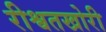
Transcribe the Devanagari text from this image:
रीश्वतखोरी